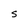
Character: S